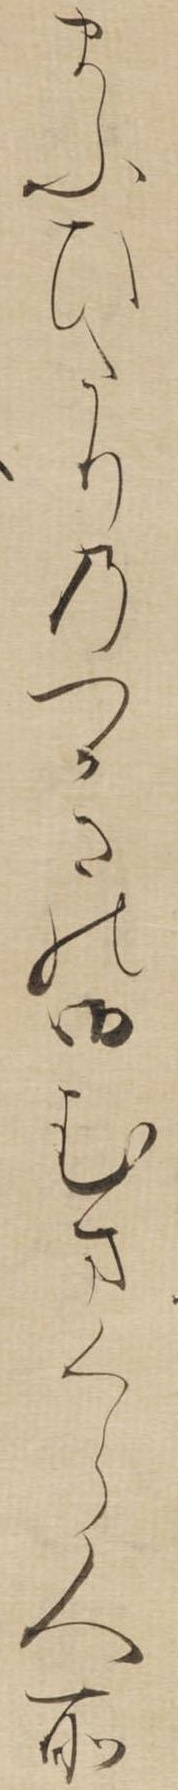
まふひたりのつかさの御むまくら人所